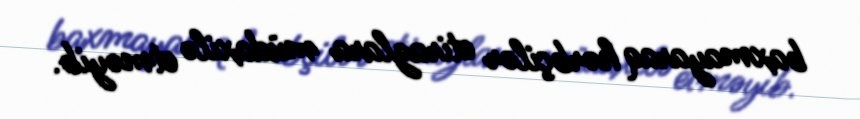
baxmayaraq hərbçilər etirazlara müdaxilə etməyib.